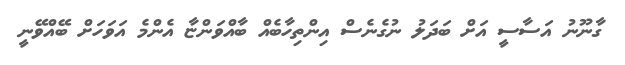
ގާނޫނު އަސާސީ އަށް ބަދަލު ނުގެނެސް އިންތިހާބެއް ބާއްވަންޏާ އެންމެ އަވަހަށް ބޭއްވޭނީ